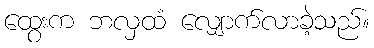
ထွေးက ဘလှထံ လျှောက်လာခဲ့သည်။